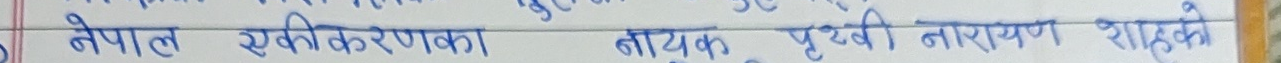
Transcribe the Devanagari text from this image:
नेपाल एकीकरणका नायक पृथ्वी नारायण शाहको